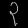
Digit: ၃